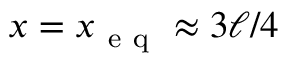
x = x _ { \mathrm { ~ e ~ q ~ } } \approx 3 \ell / 4